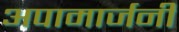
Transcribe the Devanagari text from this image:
अपामार्जनी